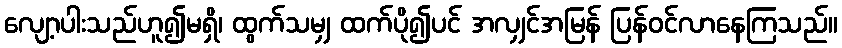
လျော့ပါးသည်ဟူ၍မရှိ၊ ထွက်သမျှ ထက်ပို၍ပင် အလျှင်အမြန် ပြန်ဝင်လာနေကြသည်။